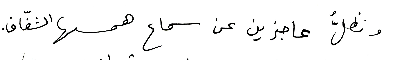
ونظلُّ عاجزين عن سماع همسها الشفّاف.